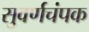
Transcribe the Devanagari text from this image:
सुवर्णचंपक